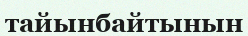
тайынбайтынын